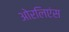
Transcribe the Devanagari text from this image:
ओरलिएंस